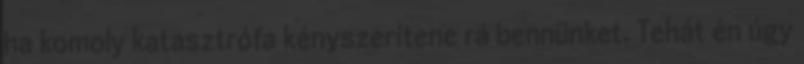
ha komoly katasztrófa kényszerítene rá bennünket. Tehát én úgy